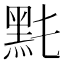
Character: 𪐠